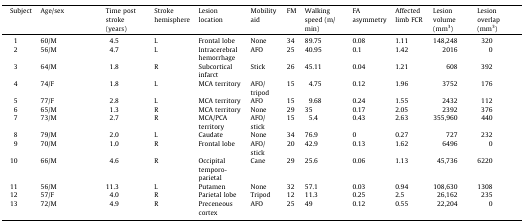
<table><thead><tr><td><b>Subject</b></td><td><b>Age/sex</b></td><td><b>Time post stroke (years)</b></td><td><b>Stroke hemisphere</b></td><td><b>Lesion location</b></td><td><b>Mobility aid</b></td><td><b>FM</b></td><td><b>Walking speed (m/min)</b></td><td><b>FA asymmetry</b></td><td><b>Affected limb FCR</b></td><td><b>Lesion volume (mm<sup>3</sup>)</b></td><td><b>Lesion overlap (mm<sup>3</sup>)</b></td></tr></thead><tbody><tr><td>1</td><td>60/M</td><td>4.5</td><td>L</td><td>Frontal lobe</td><td>None</td><td>34</td><td>89.75</td><td>0.08</td><td>1.11</td><td>148,248</td><td>320</td></tr><tr><td>2</td><td>56/M</td><td>4.7</td><td>L</td><td>Intracerebral hemorrhage</td><td>AFO</td><td>25</td><td>40.95</td><td>0.1</td><td>1.42</td><td>2016</td><td>0</td></tr><tr><td>3</td><td>64/M</td><td>1.8</td><td>R</td><td>Subcortical infarct</td><td>Stick</td><td>26</td><td>45.11</td><td>0.04</td><td>1.21</td><td>608</td><td>392</td></tr><tr><td>4</td><td>74/F</td><td>1.8</td><td>L</td><td>MCA territory</td><td>AFO/tripod</td><td>15</td><td>4.75</td><td>0.12</td><td>1.96</td><td>3752</td><td>176</td></tr><tr><td>5</td><td>77/F</td><td>2.8</td><td>L</td><td>MCA territory</td><td>AFO</td><td>15</td><td>9.68</td><td>0.24</td><td>1.55</td><td>2432</td><td>112</td></tr><tr><td>6</td><td>65/M</td><td>1.3</td><td>R</td><td>MCA territory</td><td>None</td><td>29</td><td>35</td><td>0.17</td><td>2.05</td><td>2392</td><td>376</td></tr><tr><td>7</td><td>73/M</td><td>2.7</td><td>R</td><td>MCA/PCA territory</td><td>AFO/stick</td><td>15</td><td>5.4</td><td>0.43</td><td>2.63</td><td>355,960</td><td>440</td></tr><tr><td>8</td><td>79/M</td><td>2.0</td><td>L</td><td>Caudate</td><td>None</td><td>34</td><td>76.9</td><td>0</td><td>0.27</td><td>727</td><td>232</td></tr><tr><td>9</td><td>70/M</td><td>1.0</td><td>R</td><td>Frontal lobe</td><td>AFO/stick</td><td>20</td><td>42.9</td><td>0.13</td><td>1.62</td><td>6496</td><td>0</td></tr><tr><td>10</td><td>66/M</td><td>4.6</td><td>R</td><td>Occipital temporo-parietal</td><td>Cane</td><td>29</td><td>25.6</td><td>0.06</td><td>1.13</td><td>45,736</td><td>6220</td></tr><tr><td>11</td><td>56/M</td><td>11.3</td><td>L</td><td>Putamen</td><td>None</td><td>32</td><td>57.1</td><td>0.03</td><td>0.94</td><td>108,630</td><td>1308</td></tr><tr><td>12</td><td>57/F</td><td>4.0</td><td>R</td><td>Parietal lobe</td><td>Tripod</td><td>12</td><td>11.3</td><td>0.25</td><td>2.5</td><td>26,162</td><td>235</td></tr><tr><td>13</td><td>72/M</td><td>4.9</td><td>R</td><td>Preceneous cortex</td><td>AFO</td><td>25</td><td>49</td><td>0.12</td><td>0.55</td><td>22,204</td><td>0</td></tr></tbody></table>